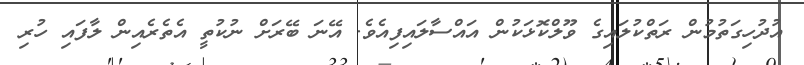
އުދުހިގަތުމުން ރަތްކުލައިގެ ވޫލްކޮޅަކުން އައްސާލައިފިއެވެ. އޭނަ ބޭރަށް ނުކުތީ އެތެރެއިން ލާފައި ހުރި